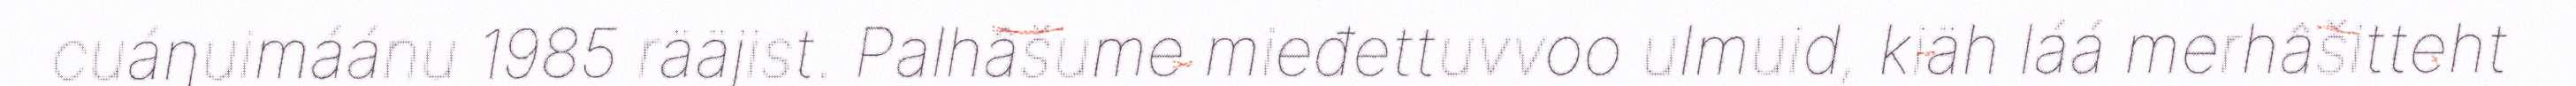
cuáŋuimáánu 1985 rääjist. Palhâšume mieđettuvvoo ulmuid, kiäh láá merhâšitteht